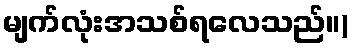
မျက်လုံးအသစ်ရလေသည်။)